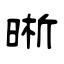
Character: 晰